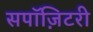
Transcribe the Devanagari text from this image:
सपॉज़िटरी